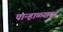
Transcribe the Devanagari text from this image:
पान्हाळ्यावर